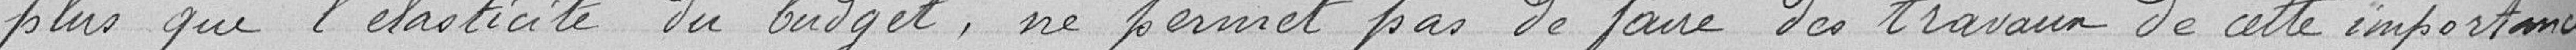
plus que l'élasticité du budget, ne permet par de faire des travaux de cette importance